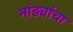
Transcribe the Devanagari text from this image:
भांड्यांचा